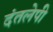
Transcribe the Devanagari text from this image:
दंतलेपी